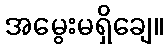
အမွေးမရှိချေ။